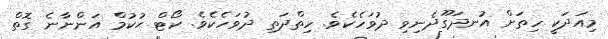
މިއަދަކީ ހިތަށް އުނދަގޫދެނިވި ދުވަހެކެވެ. ހިތްދަތި ދުވަހެކެވެ. ކޯޓް ޙުކުމް އަންނާނެ ގޮތް